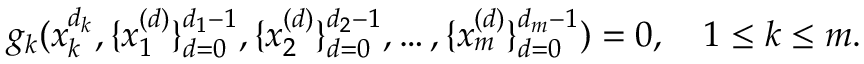
g _ { k } ( x _ { k } ^ { d _ { k } } , \{ x _ { 1 } ^ { ( d ) } \} _ { d = 0 } ^ { d _ { 1 } - 1 } , \{ x _ { 2 } ^ { ( d ) } \} _ { d = 0 } ^ { d _ { 2 } - 1 } , \hdots , \{ x _ { m } ^ { ( d ) } \} _ { d = 0 } ^ { d _ { m } - 1 } ) = 0 , \quad 1 \leq k \leq m .